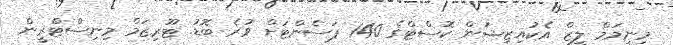
މިނިމަމް ލީޒް އެކުއިޒިޝަން ކޮސްޓްގެ 140 ޕަސެންޓަށް ވުރެ ބޮޑު. ޓޫރިޒަމް މިނިސްޓްރީން